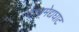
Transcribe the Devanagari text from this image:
दश्‍वमेद्यघाट